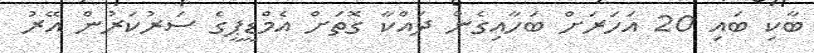
ބާކި ބައި 20 އަހަރަށް ބަހާއިގެން ދައްކާ ގޮތަށް އެމްޑީޕީގެ ސަރުކަރުން އޭރު